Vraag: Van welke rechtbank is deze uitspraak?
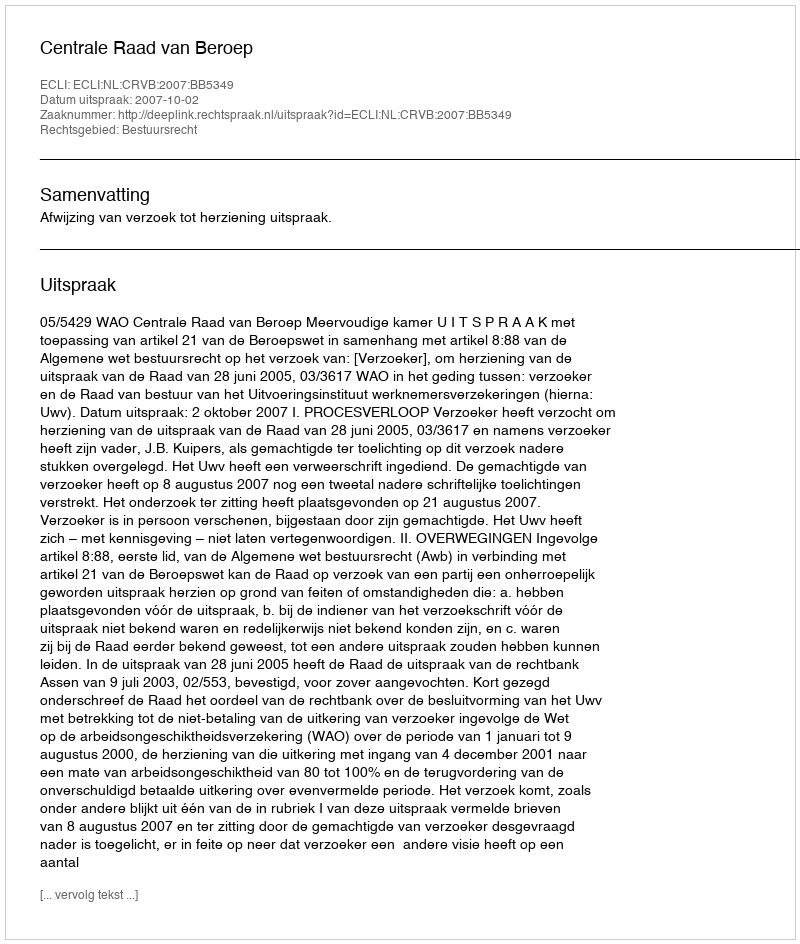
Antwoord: Centrale Raad van Beroep